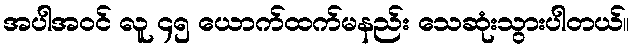
အပါအဝင် လူ ၄၅ ယောက်ထက်မနည်း သေဆုံးသွားပါတယ်။